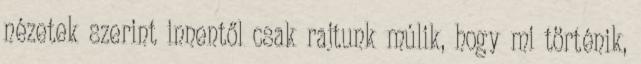
nézetek szerint innentől csak rajtunk múlik, hogy mi történik,